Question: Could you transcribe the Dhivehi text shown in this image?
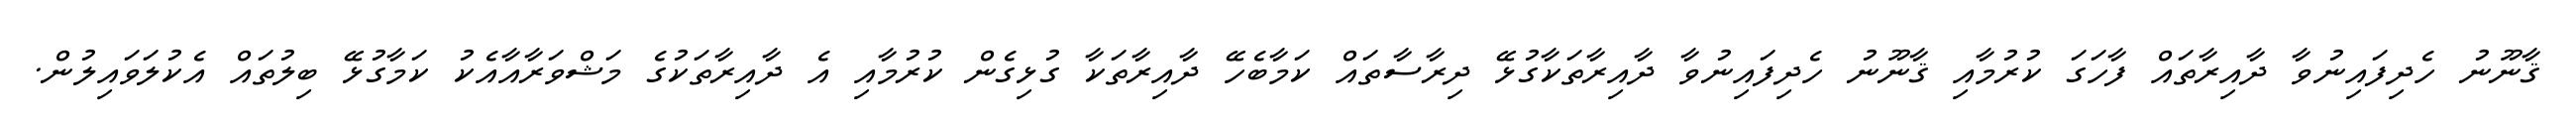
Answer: ޤާނޫނު ހެދިފައިނުވާ ދާއިރާތައް ފާހަގަ ކުރުމާއި ޤާނޫނު ހެދިފައިނުވާ ދާއިރާތަކާގުޅޭ ދިރާސާތައް ކަމާބެހޭ ދާއިރާތަކާ ގުޅިގެން ކުރުމާއި އެ ދާއިރާތަކުގެ މަޝްވަރާއާއެކު ކަމާގުޅޭ ބިލުތައް އެކުލަވައިލުން.